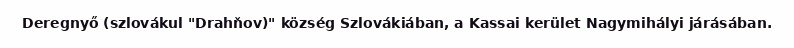
Deregnyő (szlovákul "Drahňov)" község Szlovákiában, a Kassai kerület Nagymihályi járásában.